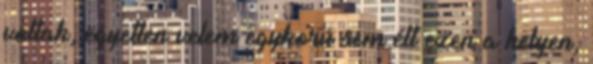
voltak, egyetlen velem egykorú sem élt ezen a helyen,